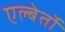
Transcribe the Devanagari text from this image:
एल्बेर्तो